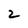
Character: 2